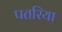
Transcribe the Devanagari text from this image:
पतरिया